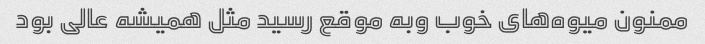
ممنون میوه‌های خوب وبه موقع رسید مثل همیشه عالی بود